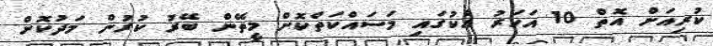
ކުރިއަށް އޮތް 10 އަހަރު އެކުގައި މަސައްކަތްކޮށް މީތޭން ބޭރު ކުރުން މަދުކޮށް